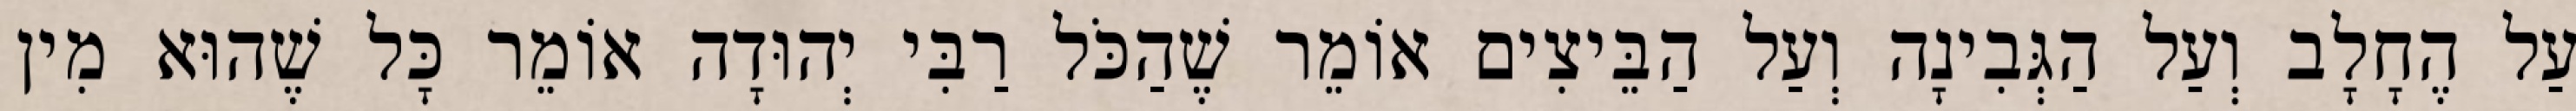
עַל הֶחָלָב וְעַל הַגְּבִינָה וְעַל הַבֵּיצִים אוֹמֵר שֶׁהַכֹּל רַבִּי יְהוּדָה אוֹמֵר כָּל שֶׁהוּא מִין